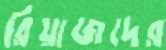
রিয়াজদের